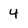
Character: 4